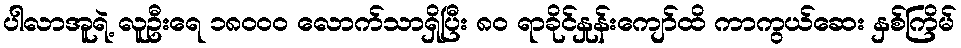
ပါလာအူရဲ့ လူဦးရေ ၁၈၀၀၀ လောက်သာရှိပြီး ၈၀ ရာခိုင်နှုန်းကျော်ထိ ကာကွယ်ဆေး နှစ်ကြိမ်